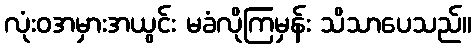
လုံးဝအမှားအယွင်း မခံလိုကြမှန်း သိသာပေသည်။